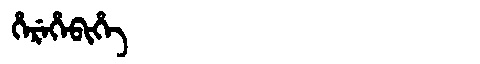
Manchu: ᡥᡝᡵᡝᡥᡝᠪᡳᡥᡝ
Romanization: HEREHEBIHE